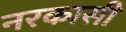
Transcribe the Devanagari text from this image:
नरकासी